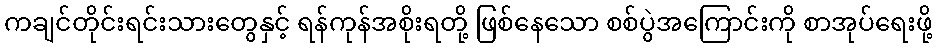
ကချင်တိုင်းရင်းသားတွေနှင့် ရန်ကုန်အစိုးရတို့ ဖြစ်နေသော စစ်ပွဲအကြောင်းကို စာအုပ်ရေးဖို့